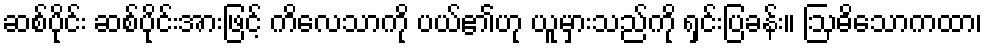
ဆစ်ပိုင်း ဆစ်ပိုင်းအားဖြင့် ကိလေသာကို ပယ်၏ဟု ယူမှားသည်ကို ရှင်းပြခန်း။ ဩဓိသောကထာ၊